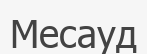
Месауд